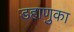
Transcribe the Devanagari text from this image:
डहाणुका